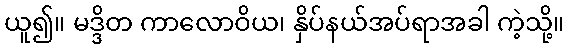
ယူ၍။ မဒ္ဒိတ ကာလောဝိယ၊ နှိပ်နယ်အပ်ရာအခါ ကဲ့သို့။